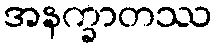
အနက္ခာတဿ